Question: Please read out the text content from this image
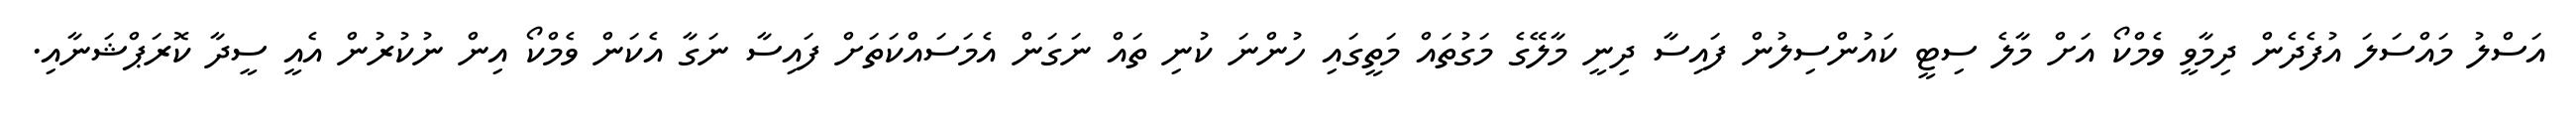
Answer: އަސްލު މައްސަލަ އުފެދެން ދިމާވީ ވެމްކޯ އަށް މާލެ ސިޓީ ކައުންސިލުން ފައިސާ ދިނީ މާލޭގެ މަގުތައް މަތީގައި ހުންނަ ކުނި ތައް ނަގަން އެމަސައްކަތަށް ފައިސާ ނަގާ އެކަން ވެމްކޯ އިން ނުކުރުން އެއީ ސީދާ ކޮރަޕްޝަނާއި.